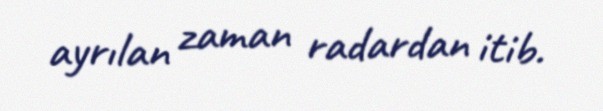
ayrılan zaman radardan itib.